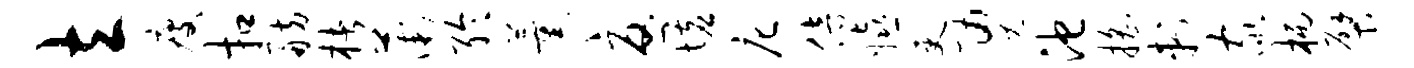
立瘦扣舫楮薇聆薰忧墟庀倍嬉吏勇池摇刺家柄檗